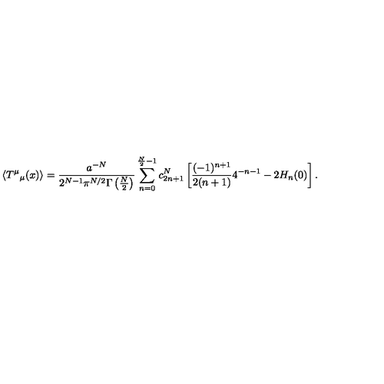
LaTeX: \left< T ^ { \mu } { } _ { \mu } ( x ) \right> = { \frac { a ^ { - N } } { 2 ^ { N - 1 } \pi ^ { N / 2 } \Gamma \left( \frac N 2 \right) } } \sum _ { n = 0 } ^ { \frac N 2 - 1 } c _ { 2 n + 1 } ^ { N } \left[ \frac { ( - 1 ) ^ { n + 1 } } { 2 ( n + 1 ) } 4 ^ { - n - 1 } - 2 H _ { n } ( 0 ) \right] .